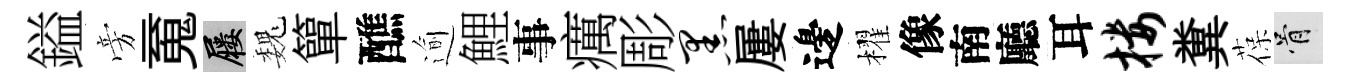
鎰旁䰟屨巍簞醮逾鯉事癘彫黑屢邊櫂像南廳耳楼糞葆骨